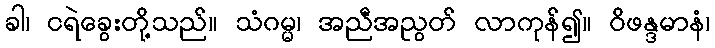
ခါ၊ ငရဲခွေးတို့သည်။ သံဂမ္မ၊ အညီအညွတ် လာကုန်၍။ ဝိဖန္ဒမာနံ၊